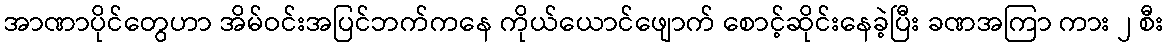
အာဏာပိုင်တွေဟာ အိမ်ဝင်းအပြင်ဘက်ကနေ ကိုယ်ယောင်ဖျောက် စောင့်ဆိုင်းနေခဲ့ပြီး ခဏအကြာ ကား ၂ စီး